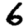
Digit: 6